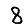
Digit: 8